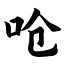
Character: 呛